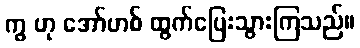
ကွ ဟု အော်ဟစ် ထွက်ပြေးသွားကြသည်။